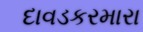
દાવડકરમારા